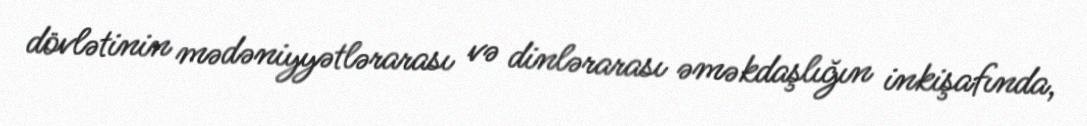
dövlətinin mədəniyyətlərarası və dinlərarası əməkdaşlığın inkişafında,